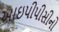
આઇપીપીસીનો